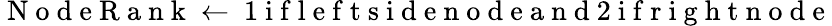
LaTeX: \mathrm{~N~o~d~e~R~a~n~k~}\gets\mathrm{~1~i~f~l~e~f~t~s~i~d~e~n~o~d~e~a~n~d~2~i~f~r~i~g~h~t~n~o~d~e~}